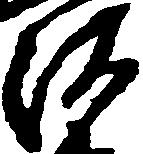
河